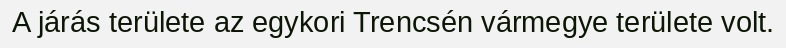
A járás területe az egykori Trencsén vármegye területe volt.